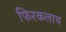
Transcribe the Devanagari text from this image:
फिरकलाच